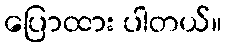
ပြောထား ပါတယ်။